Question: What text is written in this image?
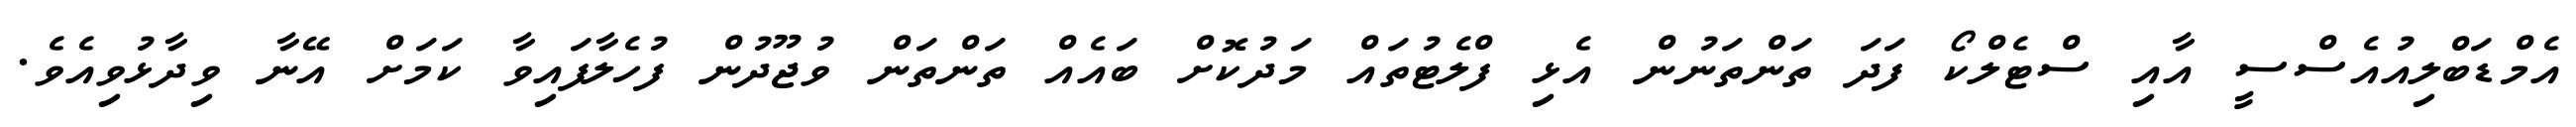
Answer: އެމްޑަބްލިއުއެސްސީ އާއި ސްޓެލްކޯ ފަދަ ތަންތަނުން އެޅި ފްލެޓުތައް މަދުކޮށް ބައެއް ތަންތަން ވުޖޫދުން ފުހެލާފައިވާ ކަމަށް އޭނާ ވިދާޅުވިއެވެ.